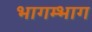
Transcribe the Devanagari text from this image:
भागम्भाग